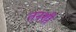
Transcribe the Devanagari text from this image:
तनशी